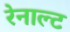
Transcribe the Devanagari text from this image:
रेनाल्ट